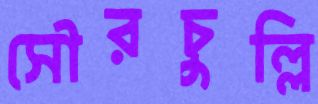
সৌরচুল্লি